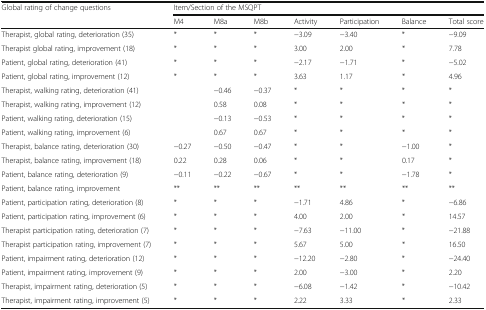
| Global rating of change questions | <COLSPAN=7> Item/Section of the MSQPT |
 |  | M4 | M8a | M8b | Activity | Participation | Balance | Total score |
 | --- | --- | --- | --- | --- | --- | --- | --- |
 | Therapist, global rating, deterioration (35) | * | * | * | −3.09 | −3.40 | * | −9.09 |
 | Therapist global rating, improvement (18) | * | * | * | 3.00 | 2.00 | * | 7.78 |
 | Patient, global rating, deterioration (41) | * | * | * | −2.17 | −1.71 | * | −5.02 |
 | Patient, global rating, improvement (12) | * | * | * | 3.63 | 1.17 | * | 4.96 |
 | Therapist, walking rating, deterioration (41) |  | −0.46 | −0.37 | * | * | * | * |
 | Therapist, walking rating, improvement (12) |  | 0.58 | 0.08 | * | * | * | * |
 | Patient, walking rating, deterioration (15) |  | −0.13 | −0.53 | * | * | * | * |
 | Patient, walking rating, improvement (6) |  | 0.67 | 0.67 | * | * | * | * |
 | Therapist, balance rating, deterioration (30) | −0.27 | −0.50 | −0.47 | * | * | −1.00 | * |
 | Therapist, balance rating, improvement (18) | 0.22 | 0.28 | 0.06 | * | * | 0.17 | * |
 | Patient, balance rating, deterioration (9) | −0.11 | −0.22 | −0.67 | * | * | −1.78 | * |
 | Patient, balance rating, improvement | ** | ** | ** | ** | ** | ** | ** |
 | Patient, participation rating, deterioration (8) | * | * | * | −1.71 | 4.86 | * | −6.86 |
 | Patient, participation rating, improvement (6) | * | * | * | 4.00 | 2.00 | * | 14.57 |
 | Therapist participation rating, deterioration (7) | * | * | * | −7.63 | −11.00 | * | −21.88 |
 | Therapist participation rating, improvement (7) | * | * | * | 5.67 | 5.00 | * | 16.50 |
 | Patient, impairment rating, deterioration (12) | * | * | * | −12.20 | −2.80 | * | −24.40 |
 | Patient, impairment rating, improvement (9) | * | * | * | 2.00 | −3.00 | * | 2.20 |
 | Therapist, impairment rating, deterioration (5) | * | * | * | −6.08 | −1.42 | * | −10.42 |
 | Therapist, impairment rating, improvement (5) | * | * | * | 2.22 | 3.33 | * | 2.33 |